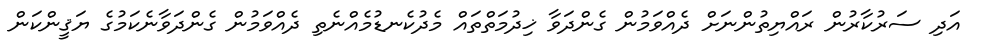
އަދި ސަރުކާރުން ރައްޔިތުންނަށް ދެއްވަމުން ގެންދަވާ ޚިދުމަތްތައް މެދުކެނޑުމެއްނެތި ދެއްވަމުން ގެންދަވާނެކަމުގެ ޔަޤީންކަން